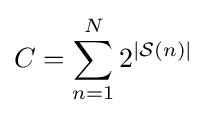
C=\sum _{n=1}^{N}2^{|{\mathcal {S}}(n)|}